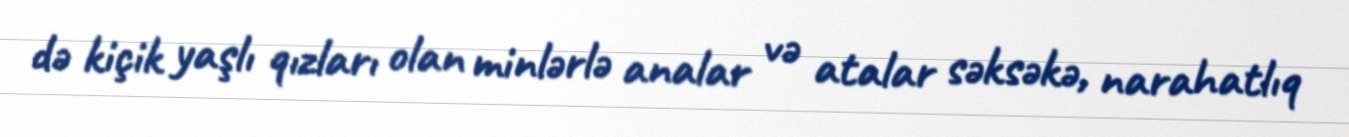
də kiçik yaşlı qızları olan minlərlə analar və atalar səksəkə, narahatlıq